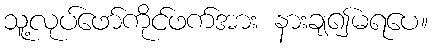
သူ့လုပ်ဖော်ကိုင်ဖက်အား နားချ၍မရပေ။